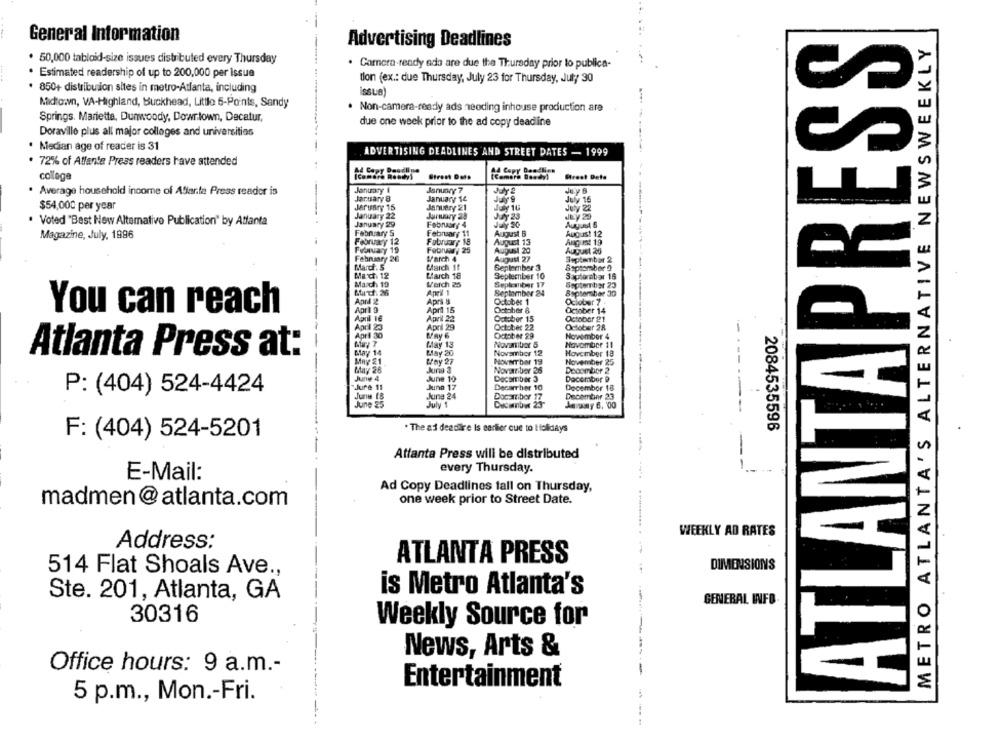
General Information
ATLANTAPRESS
Advertising Deadlines
METRO ATLANTA'S ALTERNATIVE NEWSWEEKLY
. 50,000 tabloid-size issues distributed every Thursday
. Camera ready ada are due the Thursday prior to publica-
. Estimated readership of up to 200,000 per issue
tion (ex .: due Thursday, July 23 for Thursday, July 30
. 850+ distribution sites in metro-Atlanta, including
issue)
Midtown, VA-Highland, Buckhead, Little 5-Points, Sandy
Non-camera-ready ads needing inhouse production are
Springs. Mariette, Dunwoody, Downtown, Decatur,
due one week prior to the ad copy deadline
Doraville plus all major colleges and universities
Median age of reader is 31
ADVERTISING DEADLINES AND STREET DATES - 1999
72% of Atlante Press readers have attended
A4 Copy Deadline
14 Copy Deadline
collage
Stront Date
(camera Dandyl
Street Dete
· Average household income of Atlanta Press reader is
January 4
January 7
JEy B
January 8
January 14
July 9
July 15
$54,000 per year
Jarunry 15
January 21
July 16
July 22
January 22
Jurwavy 28
July 23
JE.y 20
Voted "Best New Altemative Publication" by Atlanta
February 4
January 29
July 20
Auyund 6
Magazine, July, 1996
February S
February 11
August B
August 12
February 12
February 18
August 13
Ang ist 19
Februw, 25
August 20
August 26
February 26
March 4
August 27
September 2
-
Marcf. 5
March 11
September 3
Ssptomber 9
Mach 12
March 18
September 16
Saptornbar 16
March 19
March 25
Seplesliber 17
September 23
Auch: 26
April 1
September 24
September 30
Aprd 2
April &
October 1
Oclobar 7 -
You can reach
Apr1 9
April 15
October 8
October 14
April 16
April 22
October 15
October 21
April 23
April 29
October 22
October 28
April 30
--
May 6
October 29
November 4
May 13
Novanitet 5
November 11
Atlanta Press at:
May 14
May 20
November 12
November 18
MAY £1.
Wny 27
Nover bor 19
November 25
May 26
November 26
Decomber 2
June 4
June 19
Decambiar 3
December 9
Jure 11
June 17
P: (404) 524-4424
Decarrher 10
December 18
June 18
June 24
Docambor 17
December 23
June 25
July 1
December 23-
Jerasy 6, '00
. The ad deadire Is earlier que to Holidays
2084535596
F: (404) 524-5201
Attanta Press will be distributed
--
-
every Thursday.
E-Mail:
Ad Copy Deadlines tall on Thursday,
-
madmen@atlanta.com
one week prior to Street Date.
WEEKLY AD RATES
Address:
ATLANTA PRESS
DIMENSIONS
514 Flat Shoals Ave .,
is Metro Atlanta's
Ste. 201, Atlanta, GA
GENERAL INFO
30316
Weekly Source for
News, Arts &
Office hours: 9 a.m .-
-
Entertainment
5 p.m ., Mon .- Fri.